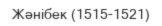
Жәнібек (1515-1521)